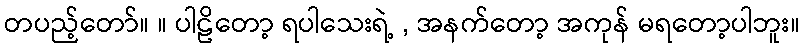
တပည့်တော်။ ။ ပါဠိတော့ ရပါသေးရဲ့ , အနက်တော့ အကုန် မရတော့ပါဘူး။